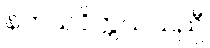
နကယဝိက္ကယသညီ